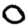
Digit: 0